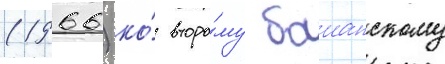
(1966) ко́ второ́му баианскому